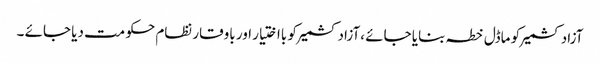
آزادکشمیر کو ماڈل خطہ بنایا جائے ،آزادکشمیر کو بااختیار اور باوقار نظام حکومت دیا جائے ۔